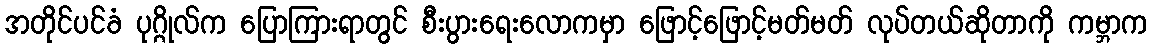
အတိုင်ပင်ခံ ပုဂ္ဂိုလ်က ပြောကြားရာတွင် စီးပွားရေးလောကမှာ ဖြောင့်ဖြောင့်မတ်မတ် လုပ်တယ်ဆိုတာကို ကမ္ဘာက